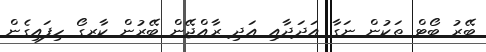
ބޭރު ބޯޓް ތަކުން ނަގާ އަދަދާއި އަދި ރާއްޖޭން ބޭރުން ކާރގޯ ހިފައިގެން